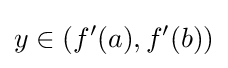
y\in ({f}'(a),{f}'(b))